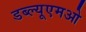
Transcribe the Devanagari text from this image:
डब्ल्यूएमओ